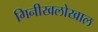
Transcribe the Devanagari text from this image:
गिनीखलोखाल